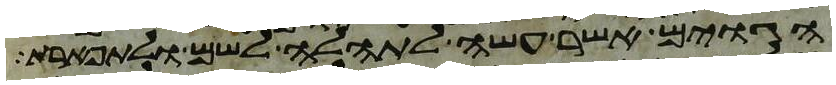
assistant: הגוים אשר עשה לתהלה לשם ולתפארת